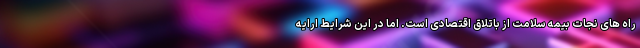
راه های نجات بیمه سلامت از باتلاق اقتصادی است. اما در این شرایط ارایه